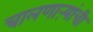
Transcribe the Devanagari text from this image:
चालणाऱ्यांची